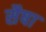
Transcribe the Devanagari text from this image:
सैषा